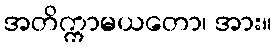
အတိက္ကာမယတော၊ အား။